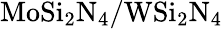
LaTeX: \mathrm{MoSi_{2}N_{4}/WSi_{2}N_{4}}